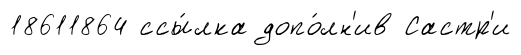
18611864 ссы́лка допо́лн'ив Састр'и